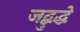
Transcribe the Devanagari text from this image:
जद्बुद्धे